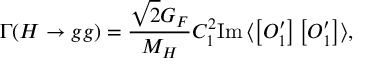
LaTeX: \Gamma ( H \to g g ) = \frac { \sqrt 2 G _ { F } } { M _ { H } } C _ { 1 } ^ { 2 } \mathrm { I m } \, \langle \left[ O _ { 1 } ^ { \prime } \right] \left[ O _ { 1 } ^ { \prime } \right] \rangle ,